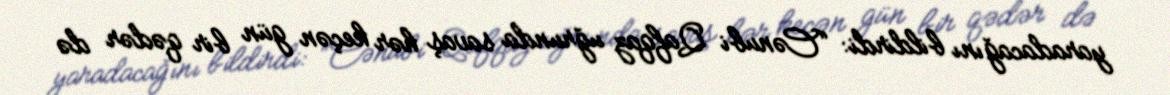
yaradacağını bildirdi: “Cənubi Qafqaz uğrunda savaş hər keçən gün bir qədər də